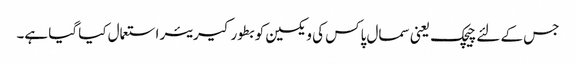
جس کے لئے چیچک یعنی سمال پاکس کی ویکسین کو بطور کیریئر استعمال کیا گیا ہے۔